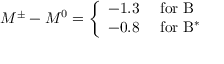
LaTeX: M ^ { \pm } - M ^ { 0 } = \left\{ \begin{array} { r l } { { - 1 . 3 } } & { { \mathrm { ~ f o r ~ B } } } \\ { { - 0 . 8 } } & { { \mathrm { ~ f o r ~ B ^ { * } ~ } } } \end{array} \right.